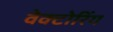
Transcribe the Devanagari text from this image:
वेक्टोरिंग